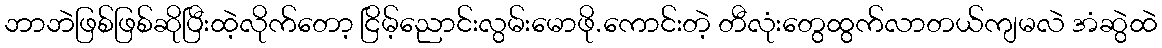
ဘာဘဲဖြစ်ဖြစ်ဆိုပြီးထဲ့လိုက်တော့ ငြိမ့်ညောင်းလွမ်းမောဖို.ကောင်းတဲ့ တီလုံးတွေထွက်လာတယ်ကျမလဲ အံဆွဲထဲ